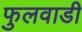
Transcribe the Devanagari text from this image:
फुलवाडी